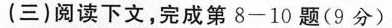
(三)阅读下文，完成第8-10题(9分)